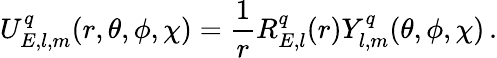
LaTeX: U_{E,l,m}^{q}(r,\theta,\phi,\chi)=\frac{1}{r}R_{E,l}^{q}(r)Y_{l,m}^{q}(\theta,\phi,\chi)\, .